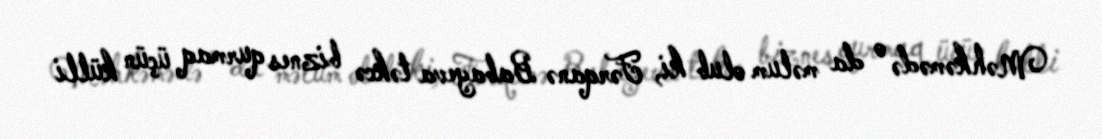
Məhkəmədə o da məlum olub ki, Fərqanə Babayeva təkcə biznes qurmaq üçün külli